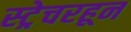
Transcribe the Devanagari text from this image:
स्ट्रेचरहून